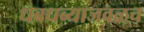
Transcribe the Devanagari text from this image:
धबधब्याजवळच